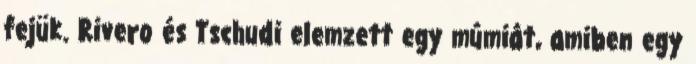
fejük. Rivero és Tschudi elemzett egy múmiát, amiben egy